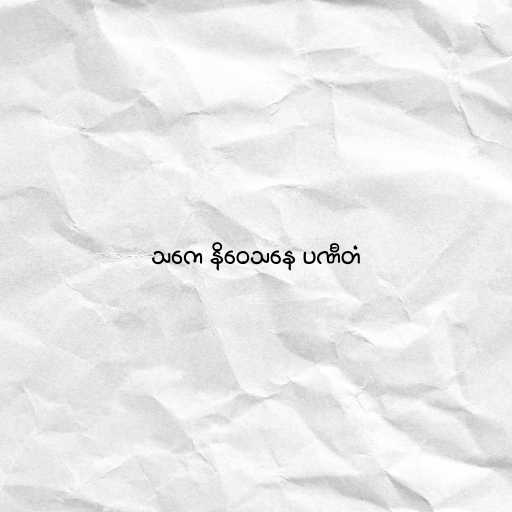
သကေ နိဝေသနေ ပဏီတံ